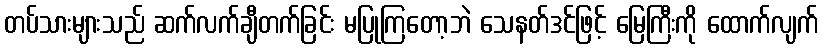
တပ်သားများသည် ဆက်လက်ချီတက်ခြင်း မပြုကြတော့ဘဲ သေနတ်ဒင်ဖြင့် မြေကြီးကို ထောက်လျက်